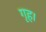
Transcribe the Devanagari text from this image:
गृह।